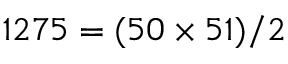
1 2 7 5 = ( 5 0 \times 5 1 ) / 2